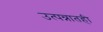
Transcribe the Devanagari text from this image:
उत्पन्नातही